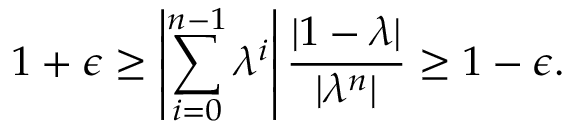
1 + \epsilon \ge \left| \sum _ { i = 0 } ^ { n - 1 } \lambda ^ { i } \right| \frac { | 1 - \lambda | } { | \lambda ^ { n } | } \ge 1 - \epsilon .